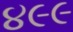
૪૯૯